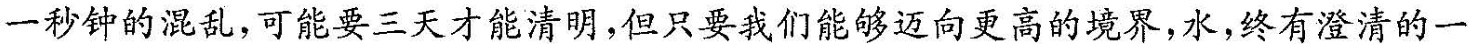
一秒钟的混乱，可能要三天才能清明，但只要我们能够迈向更好的境界，水，终有澄清的一